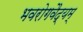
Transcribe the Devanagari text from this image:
भवरोगवैद्यम्